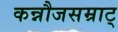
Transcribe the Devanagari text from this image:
कन्नौजसम्राट्